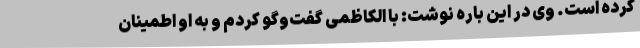
کرده است. وی در این باره نوشت: با الکاظمی گفت‌وگو کردم و به او اطمینان